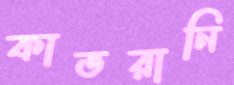
কাতরানি